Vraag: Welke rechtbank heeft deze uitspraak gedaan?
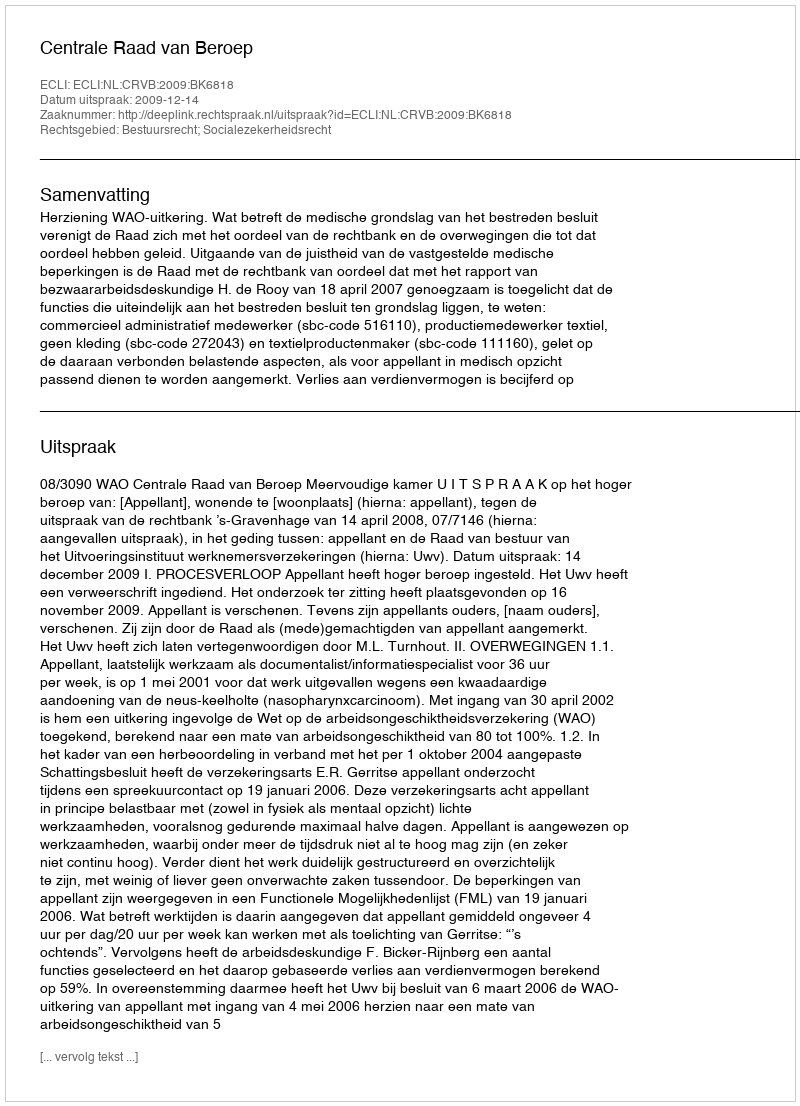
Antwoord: Centrale Raad van Beroep